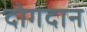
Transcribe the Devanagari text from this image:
दोगदान